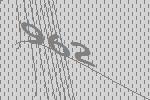
962